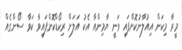
މީރާ މިކަން އިއުލާނުކޮށްފައި ވަނީ ޔާމިންއާ އެކު އަލަށް ރިކޯޑްކޮށްފައިވާ ކަވާ ސޯންގެއް